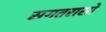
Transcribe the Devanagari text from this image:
सगतरासो